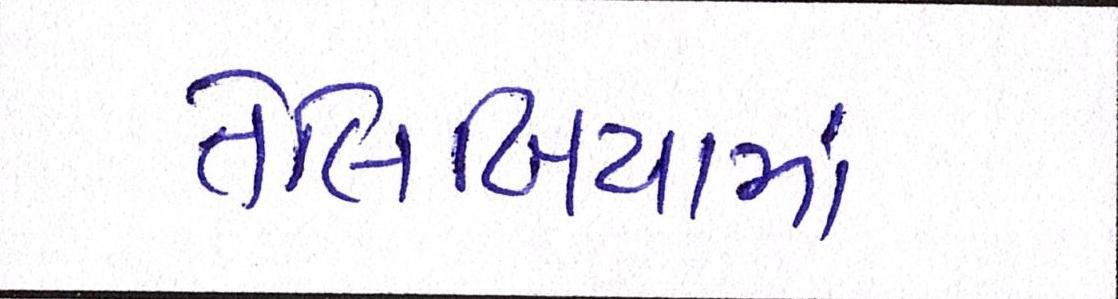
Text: તેલિબિયાંમાં